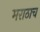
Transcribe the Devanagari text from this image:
मराठाच